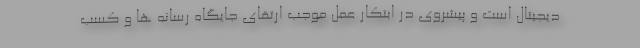
دیجیتال است و پیشروی در ابتکار عمل موجب ارتقای جایگاه رسانه ها و کسب